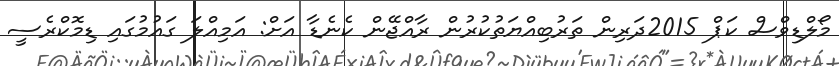
މޯލްޑިވްސް ކަޕް 2015ދަރިން ތަރުބިއްޔަތުކުރުން ރާއްޖޭން ކެނެޑާ އަށް: އަމިއްލަ ގައުމުގައި ޑިމޮކްރެސީ